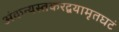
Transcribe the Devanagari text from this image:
अंकन्यस्तकरद्वयामृतघटं